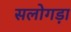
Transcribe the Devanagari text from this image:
सलोगड़ा